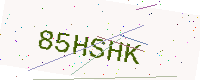
Text: 85HSHK